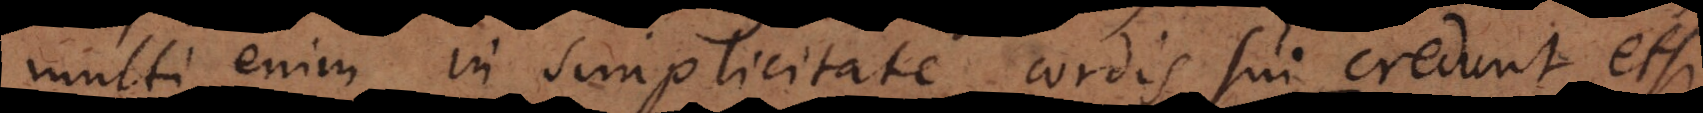
multi enim in simplicitate cordis sui credunt, etsi